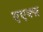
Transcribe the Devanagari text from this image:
एएक्स